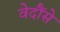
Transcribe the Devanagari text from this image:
वेदौंसे